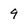
Character: 9